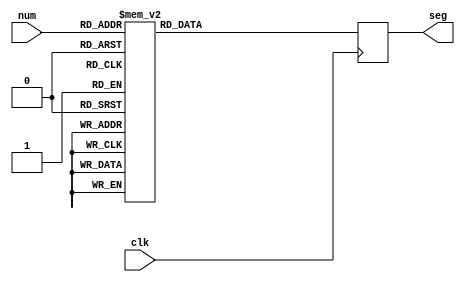
`timescale 1ns / 1ps

//////////////////////////////////////////////////////////////////////////////////
// Company: 
// Engineer: 
// 
// Design Name: 
// Module Name: bcd
// Project Name: 
// Target Devices: 
// Tool Versions: 
// Description: binary to decimal conversion for sevenseg display for values 0 - 9
// 
// Dependencies: 
// 
// Revision:
// Revision 0.01 - File Created
// Additional Comments:
// 
//////////////////////////////////////////////////////////////////////////////////

module bcd(
    input clk,
    input [3:0] num,
    output [6:0] seg
    );
    
    reg [6:0] sseg = 0; 
    assign seg = sseg;
    
    always @(posedge clk) begin
        case(num)
        4'b0000: sseg <= 7'b1000_000;        //  0
        4'b0001: sseg <= 7'b1111_001;        //  1
        4'b0010: sseg <= 7'b0100_100;        //  2
        4'b0011: sseg <= 7'b0110_000;        //  3
        4'b0100: sseg <= 7'b0011_001;        //  4
        4'b0101: sseg <= 7'b0010_010;        //  5
        4'b0110: sseg <= 7'b0000_010;        //  6
        4'b0111: sseg <= 7'b1111_000;        //  7
        4'b1000: sseg <= 7'b0000_000;        //  8
        4'b1001: sseg <= 7'b0010_000;        //  9
        default: sseg <= 7'b1111111;
        endcase 
    end
    
endmodule